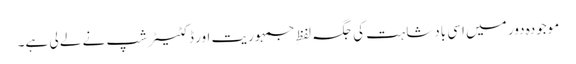
موجودہ دور میں اسی بادشاہت کی جگہ لفظِ جمہوریت اور ڈکٹیٹر شپ نے لے لی ہے۔